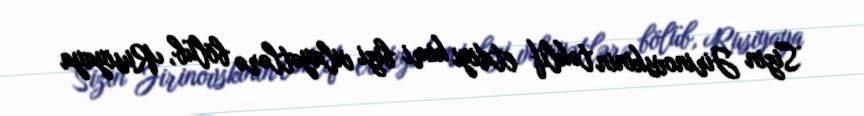
Sizin Jirinovskinin təklif etdiyi kimi bizi vilayətlərə bölüb, Rusiyaya